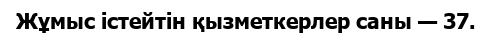
Жұмыс істейтін қызметкерлер саны — 37.